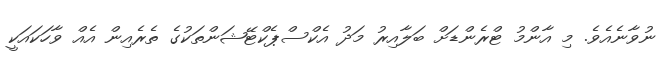
ނުވާނެއެވެ. މި އާންމު ޓްރެންޑަށް ބަލާއިރު މަދު އެކްސްޕެކްޓޭޝަންތަކުގެ ތެރެއިން އެއް ވާހަކައަކީ